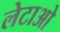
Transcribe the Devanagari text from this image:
लेटाओ